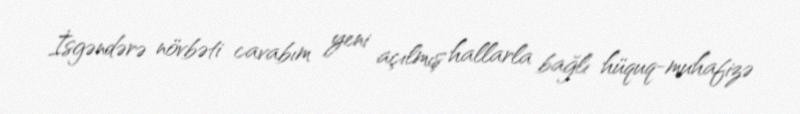
İsgəndərə növbəti cavabım yeni açılmış hallarla bağlı hüquq-muhafizə